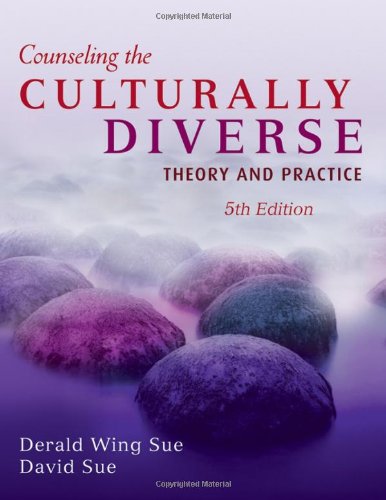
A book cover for Counseling the Culturally Diverse: Theory and Practice; Derald Wing Sue; Medical Books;